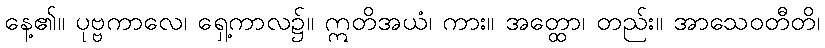
နေ့၏။ ပုဗ္ဗကာလေ၊ ရှေ့ကာလ၌။ ဣတိအယံ၊ ကား။ အတ္ထော၊ တည်း။ အာသေဝတီတိ၊